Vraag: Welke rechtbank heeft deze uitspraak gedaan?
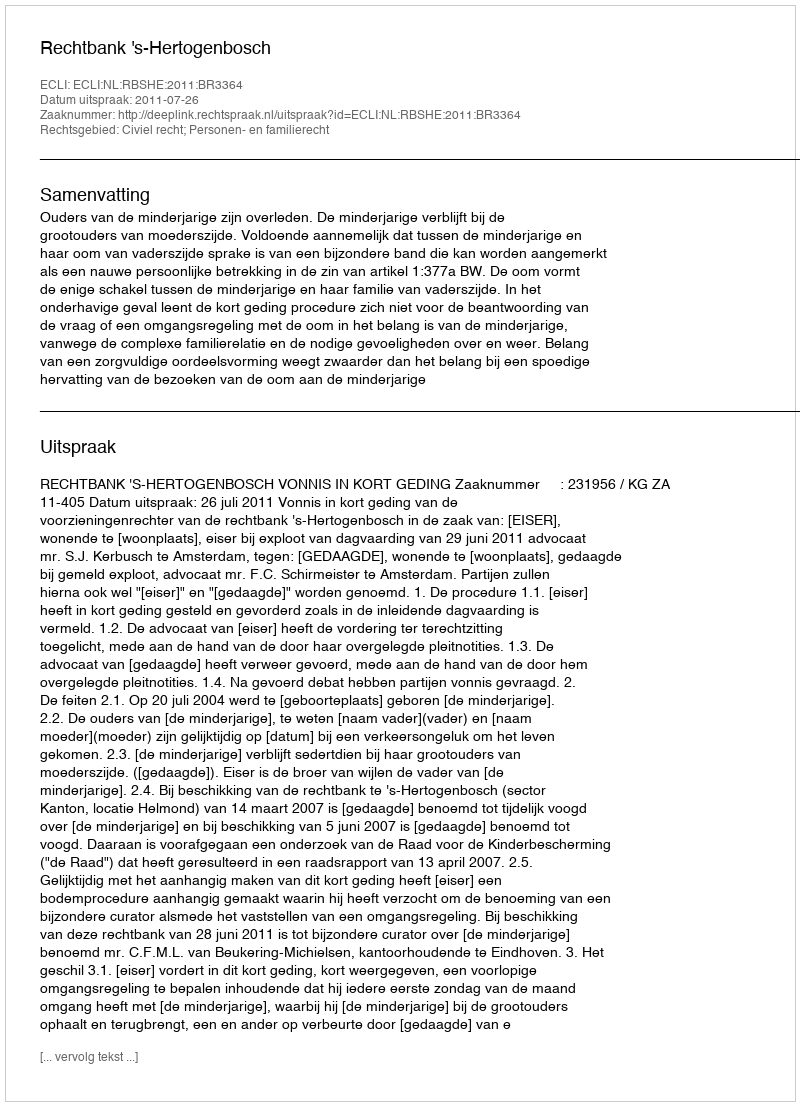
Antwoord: Rechtbank 's-Hertogenbosch